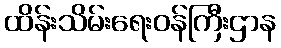
ထိန်းသိမ်းရေးဝန်ကြီးဌာန